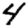
Digit: 4